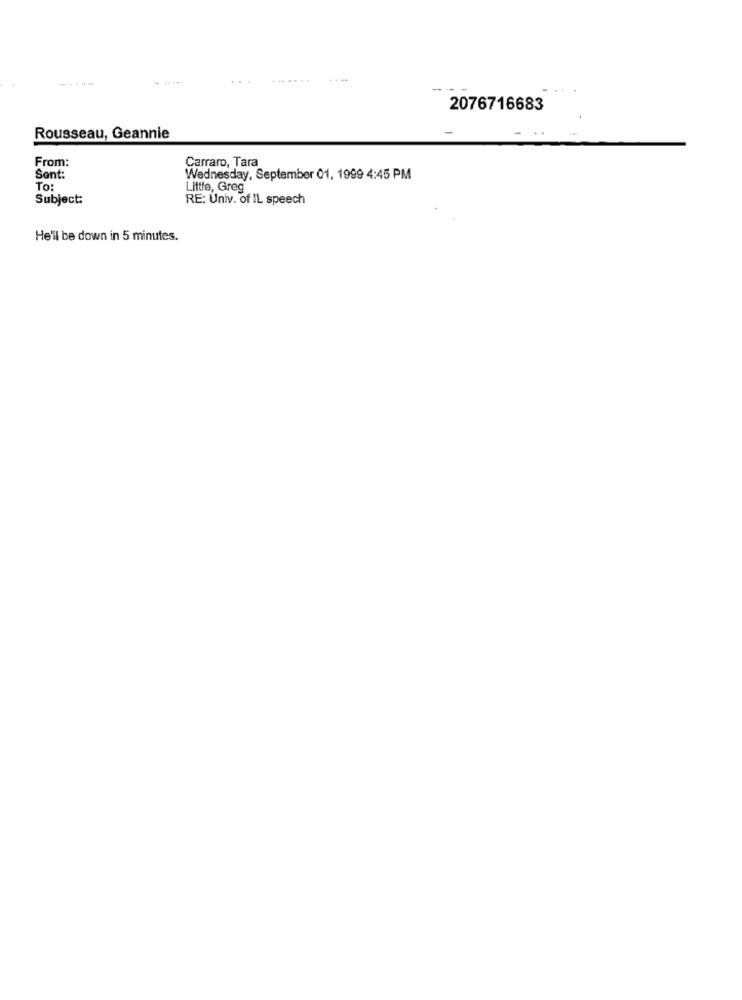
-----
-----
...
----
2076716683
Rousseau, Geannie
From:
Carraro, Tara
Sent:
Wednesday, September 01, 1999 4:45 PM
TO:
Little, Greg
Subject:
RE: Univ. of IL speech
He'll be down in 5 minutes.